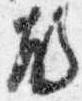
殿